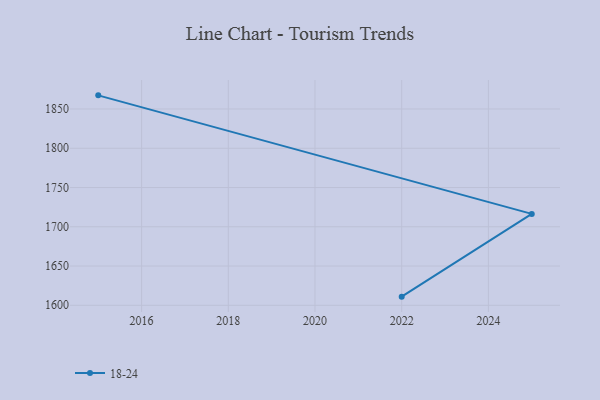
{"axis": {"x": "Year", "y": "Market Share (%)"}, "legend": ["18-24"], "data": [{"x": "2022", "y": 1611.0, "type": "18-24"}, {"x": "2025", "y": 1716.4, "type": "18-24"}, {"x": "2015", "y": 1867.4, "type": "18-24"}]}